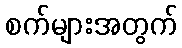
စက်များအတွက်